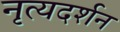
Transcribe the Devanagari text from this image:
नृत्यदर्शन